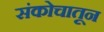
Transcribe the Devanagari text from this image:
संकोचातून